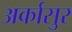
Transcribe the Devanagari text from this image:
अर्कासुर